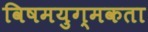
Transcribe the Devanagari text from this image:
विषमयुग्मकता